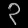
Digit: ၃